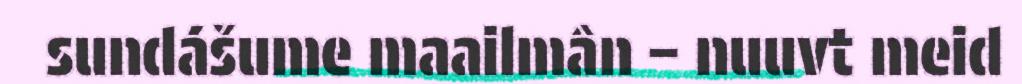
sundášume maailmân – nuuvt meid